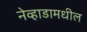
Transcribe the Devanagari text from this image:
नेव्हाडामधील